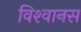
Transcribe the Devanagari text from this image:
विश्‍वानस